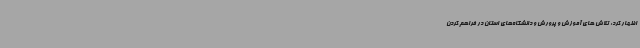
اظهار کرد: تلاش های آموزش و پرورش و دانشگاه‌های استان در فراهم کردن